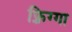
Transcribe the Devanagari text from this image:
फ़्रिग्गा